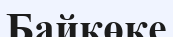
Байкөке